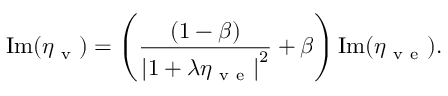
\mathrm { I m } ( \eta _ { \mathrm { ~ v ~ } } ) = \left( \frac { ( 1 - \beta ) } { \left| 1 + \lambda \eta _ { \mathrm { ~ v ~ e ~ } } \right| ^ { 2 } } + \beta \right) \mathrm { I m } ( \eta _ { \mathrm { ~ v ~ e ~ } } ) .